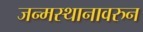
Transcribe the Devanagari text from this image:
जन्मस्थानावरुन